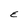
Character: E